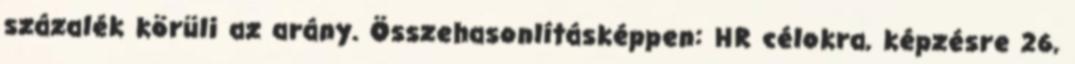
százalék körüli az arány. Összehasonlításképpen: HR célokra, képzésre 26,